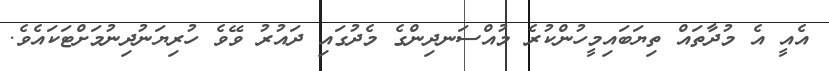
އެއީ އެ މުދާތައް ތިޔަބައިމީހުންކުރެ މުއްސަނދިންގެ މެދުގައި ދައުރު ވޭވެ ހުރިޔަނުދިނުމަށްޓަކައެވެ.